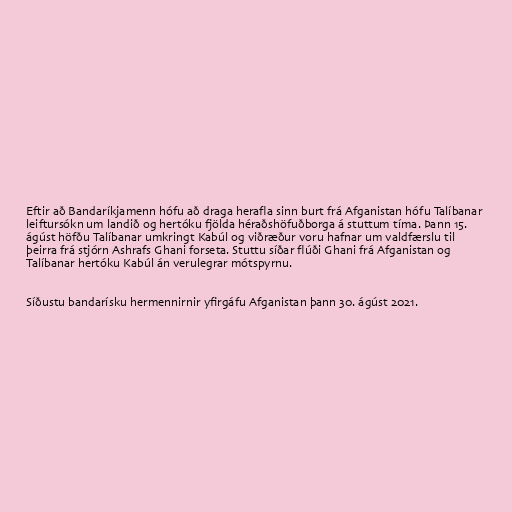
Eftir að Bandaríkjamenn hófu að draga herafla sinn burt frá Afganistan hófu Talíbanar
leiftursókn um landið og hertóku fjölda héraðshöfuðborga á stuttum tíma. Þann 15.
ágúst höfðu Talíbanar umkringt Kabúl og viðræður voru hafnar um valdfærslu til
þeirra frá stjórn Ashrafs Ghani forseta. Stuttu síðar flúði Ghani frá Afganistan og
Talíbanar hertóku Kabúl án verulegrar mótspyrnu.

Síðustu bandarísku hermennirnir yfirgáfu Afganistan þann 30. ágúst 2021.